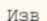
Изв